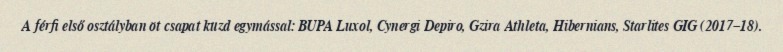
A férfi első osztályban öt csapat küzd egymással: BUPA Luxol, Cynergi Depiro, Gzira Athleta, Hibernians, Starlites GIG (2017–18).